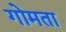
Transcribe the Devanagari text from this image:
गोमता